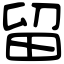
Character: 留